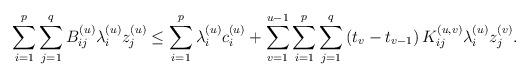
LaTeX: \begin{align*}{}\sum_{i=1}^{p}\sum_{j=1}^{q}B_{ij}^{(u)}\lambda_{i}^{(u)}z_{j}^{(u)}\leq\sum_{i=1}^{p}\lambda_{i}^{(u)}c_{i}^{(u)}+\sum_{v=1}^{u-1}\sum_{i=1}^{p}\sum_{j=1}^{q}\left (t_{v}-t_{v-1}\right )K_{ij}^{(u,v)}\lambda_{i}^{(u)}z_{j}^{(v)}.\end{align*}